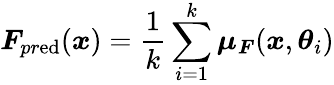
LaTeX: \boldsymbol{F}_{pr\mathrm{e}\mathrm{d}}(\boldsymbol{x})=\frac{{1}}{{k}}\sum_{i=1}^{k}\boldsymbol{\mu}_{\boldsymbol{F}}(\boldsymbol{x},\boldsymbol{\theta}_{i})